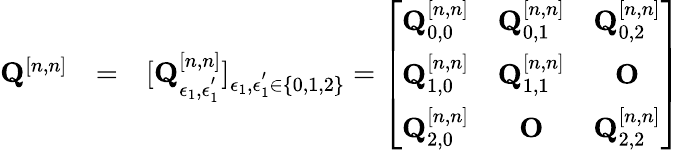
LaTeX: \begin{array}{rlr}{{\mathbf Q}^{[n,n]}}&{=}&{[{\mathbf Q}_{\epsilon_{1},\epsilon_{1}^{'}}^{[n,n]}]_{\epsilon_{1},\epsilon_{1}^{'}\in\{ 0,1,2\} }=\left[\begin{array}{ccc}{{\mathbf Q}_{0,0}^{[n,n]}}&{{\mathbf Q}_{0,1}^{[n,n]}}&{{\mathbf Q}_{0,2}^{[n,n]}}\\ {{\mathbf Q}_{1,0}^{[n,n]}}&{{\mathbf Q}_{1,1}^{[n,n]}}&{{\mathbf O}}\\ {{\mathbf Q}_{2,0}^{[n,n]}}&{{\mathbf O}}&{{\mathbf Q}_{2,2}^{[n,n]}}\end{array}\right]}\end{array}